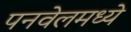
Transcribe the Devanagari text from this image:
पनवेलमध्ये